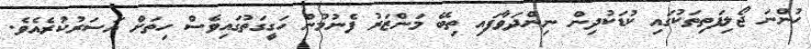
ހުންނަ ޖޯލިފަތިތަކުގައި ކުޑަކުދިން ނިންދަވާފައި ތިބޭ މަންޒަރު ފެނުމުން ހަގީގަތުގައިވެސް ހިތަށް އަސަރުކުރެއެވެ.